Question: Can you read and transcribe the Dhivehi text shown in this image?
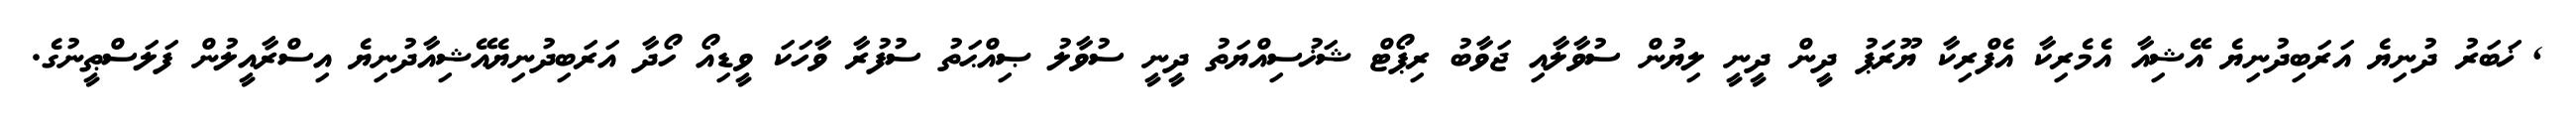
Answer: , ޚަބަރު ދުނިޔެ އަރަބިދުނިޔެ އޭޝިއާ އެމެރިކާ އެފްރިކާ ޔޫރަޕު ދީން ދީނީ ލިޔުން ސުވާލާއި ޖަވާބު ރިޕޯޓް ޝަޚުސިއްޔަތު ދީނީ ސުވާލު ޞިއްޙަތު ސުފުރާ ވާހަކަ ވީޑިއޯ ހޯދާ އަރަބިދުނިޔެއޭޝިއާދުނިޔެ އިސްރާއީލުން ފަލަސްޠީނުގެ.